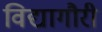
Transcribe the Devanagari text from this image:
विद्यागौरी